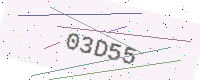
Text: 03D55